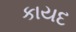
કાયદ